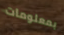
بمعلومات